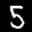
Label: 5